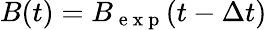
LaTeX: B(t)=B_{\mathrm{~e~x~p~}}(t-\Delta t)